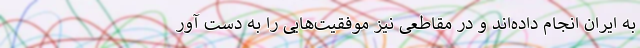
به ایران انجام داده‌اند و در مقاطعی نیز موفقیت‌هایی را به دست آور